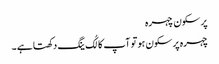
پر سکون چہرہ
چہرہ پرسکون ہو تو آپ کا لُک ینگ دکھتا ہے ۔